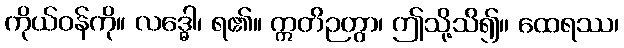
ကိုယ်ဝန်ကို။ လဒ္ဓေါ၊ ရ၏။ ဣတိဉတွာ၊ ဤသို့သိ၍။ ထေရဿ၊